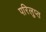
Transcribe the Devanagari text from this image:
परिलुप्त